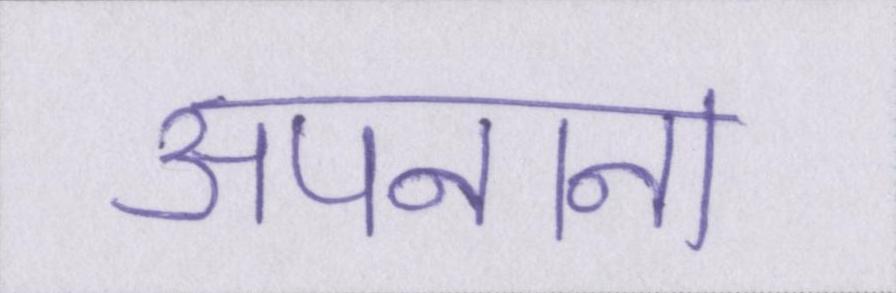
अपनाना